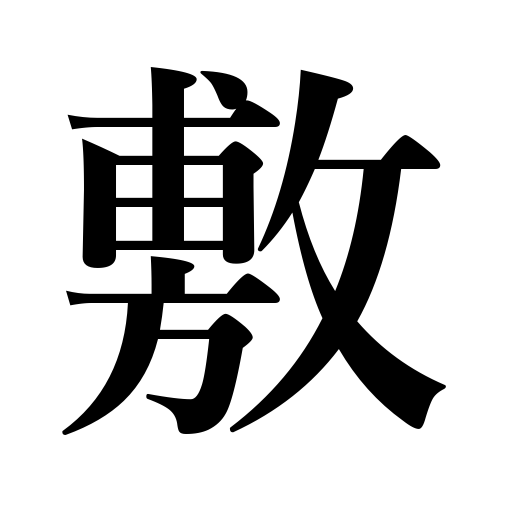
Meanings: promulgate,gravel a road,lay a railway,pave,sit on a cushion,draw up,spread